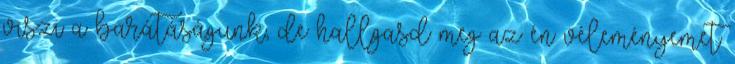
viszi a barátáságunk, de hallgasd meg az én véleményemet